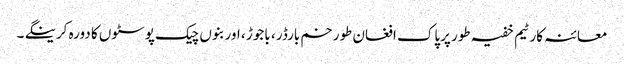
معائنہ کار ٹیم خفیہ طور پرپاک افغان طورخم بارڈر ، باجوڑ ، اور بنوں چیک پوسٹوں کا دورہ کرینگے ۔